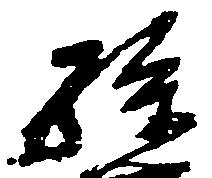
孫